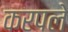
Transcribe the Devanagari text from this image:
करपले